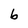
Character: b